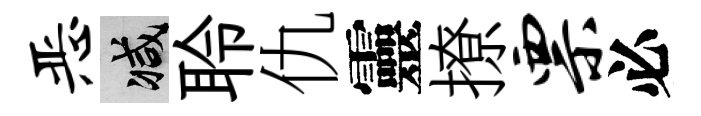
恶减聆仇靈撩票必